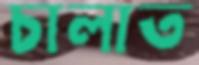
চালাত